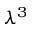
\lambda ^ { 3 }